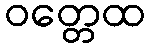
ဝတ္တေထ